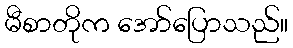
မီစာတိုက အော်ပြောသည်။